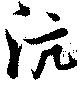
沆